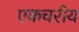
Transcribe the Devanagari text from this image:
एकचरीय